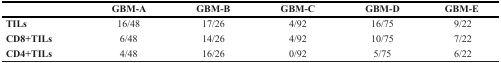
<table><thead><tr><td></td><td><b>GBM-A</b></td><td><b>GBM-B</b></td><td><b>GBM-C</b></td><td><b>GBM-D</b></td><td><b>GBM-E</b></td></tr></thead><tbody><tr><td><b>TILs</b></td><td>16/48</td><td>17/26</td><td>4/92</td><td>16/75</td><td>9/22</td></tr><tr><td><b>CD8+TILs</b></td><td>6/48</td><td>14/26</td><td>4/92</td><td>10/75</td><td>7/22</td></tr><tr><td><b>CD4+TILs</b></td><td>4/48</td><td>16/26</td><td>0/92</td><td>5/75</td><td>6/22</td></tr></tbody></table>